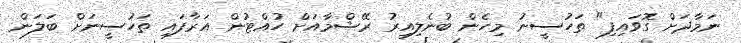
ނަމާދަށް ގޮވައިފި" ތަހުސީނު މިހެން ބުނެލިއިރު ރޭޝްމާއަށް ހުއްޓުން އަރާފައި ތަހުސީނަށް ބަލަން